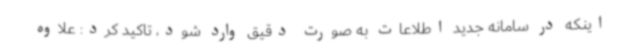
اینکه در سامانه جدید اطلاعات به صورت دقیق وارد شود، تاکید کرد: علاوه